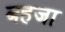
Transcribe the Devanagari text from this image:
बहजा